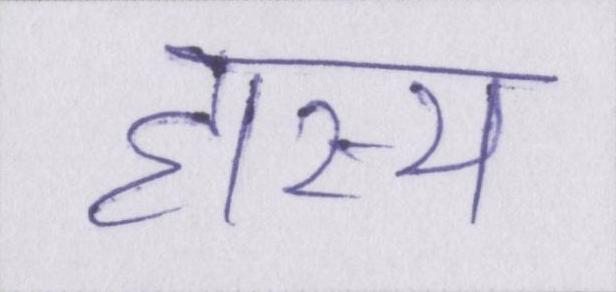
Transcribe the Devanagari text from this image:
हास्य